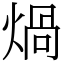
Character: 煱